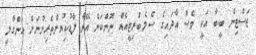
ޖަސްޓިން ބީބާ އަކީ ވެސް އާދައިގެ ސެލެބްރިޓީއެއް ނޫންކަން އޭނާ ފާޑުކިޔުންތެރިންނަށް އަންގާލީ